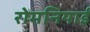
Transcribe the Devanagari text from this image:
रोमनियाई